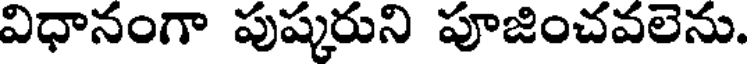
విధానంగా పుష్కరుని పూజించవలెను.